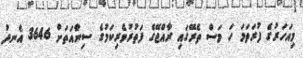
މިއަހަރުގެ ފުރަތަމަ ހަ މަސް ތެރޭގައި ރާއްޖޭގެ ފަތުރުވެރިކަމުގެ ސިނާއަތަށް 3646 އެނދު